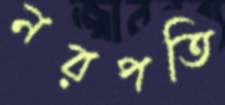
নরপতি